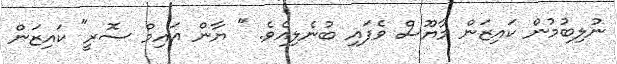
ނުލިބުމުން ކައިޒަން މާޔޫސް ވެފައި ބުނެލިއެވެ. " ޔާން އައިމް ސޮރީ" ކައިޒަން